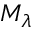
M _ { \lambda }